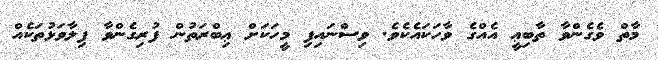
މާތް ވެގެންވާ ތާބިޢީ އެއްގެ ވާހަކައެކެވެ. ވިސްނައިފި މީހަކަށް ޢިބްރަތުން ފުރިގެންވާ ފިލާވަޅުތަކެއް